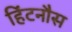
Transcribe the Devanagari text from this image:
हिंटनौस